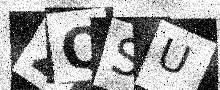
Text: 2QSU